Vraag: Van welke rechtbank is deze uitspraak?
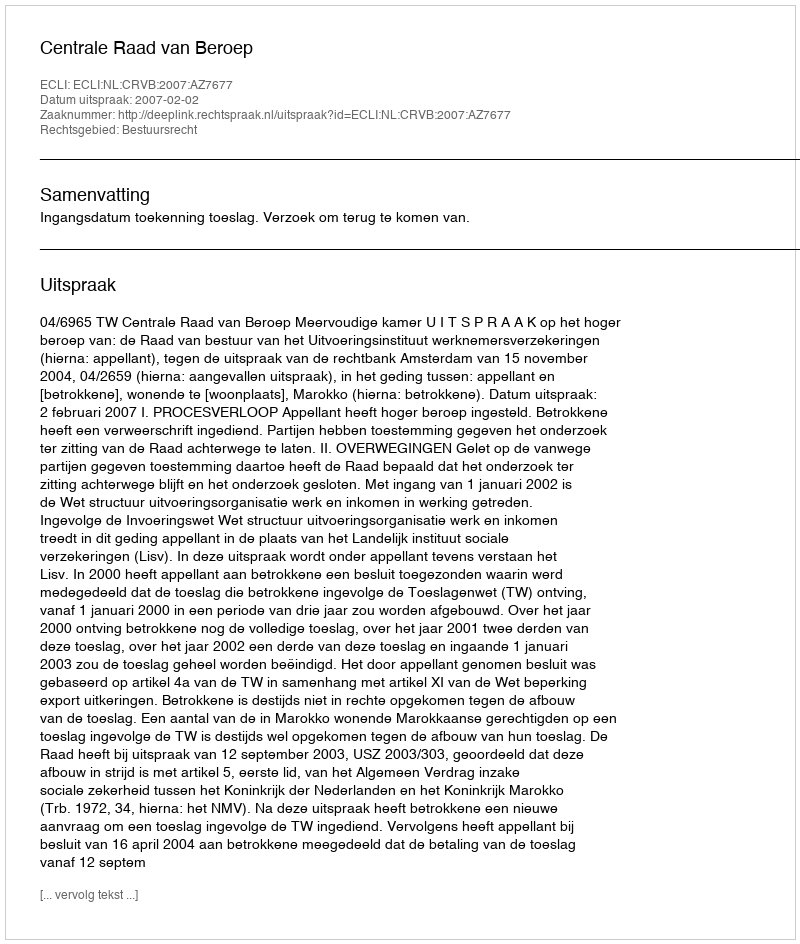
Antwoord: Centrale Raad van Beroep